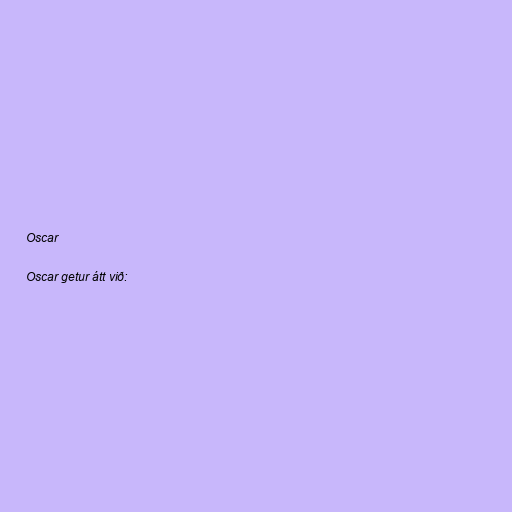
Oscar

Oscar getur átt við: